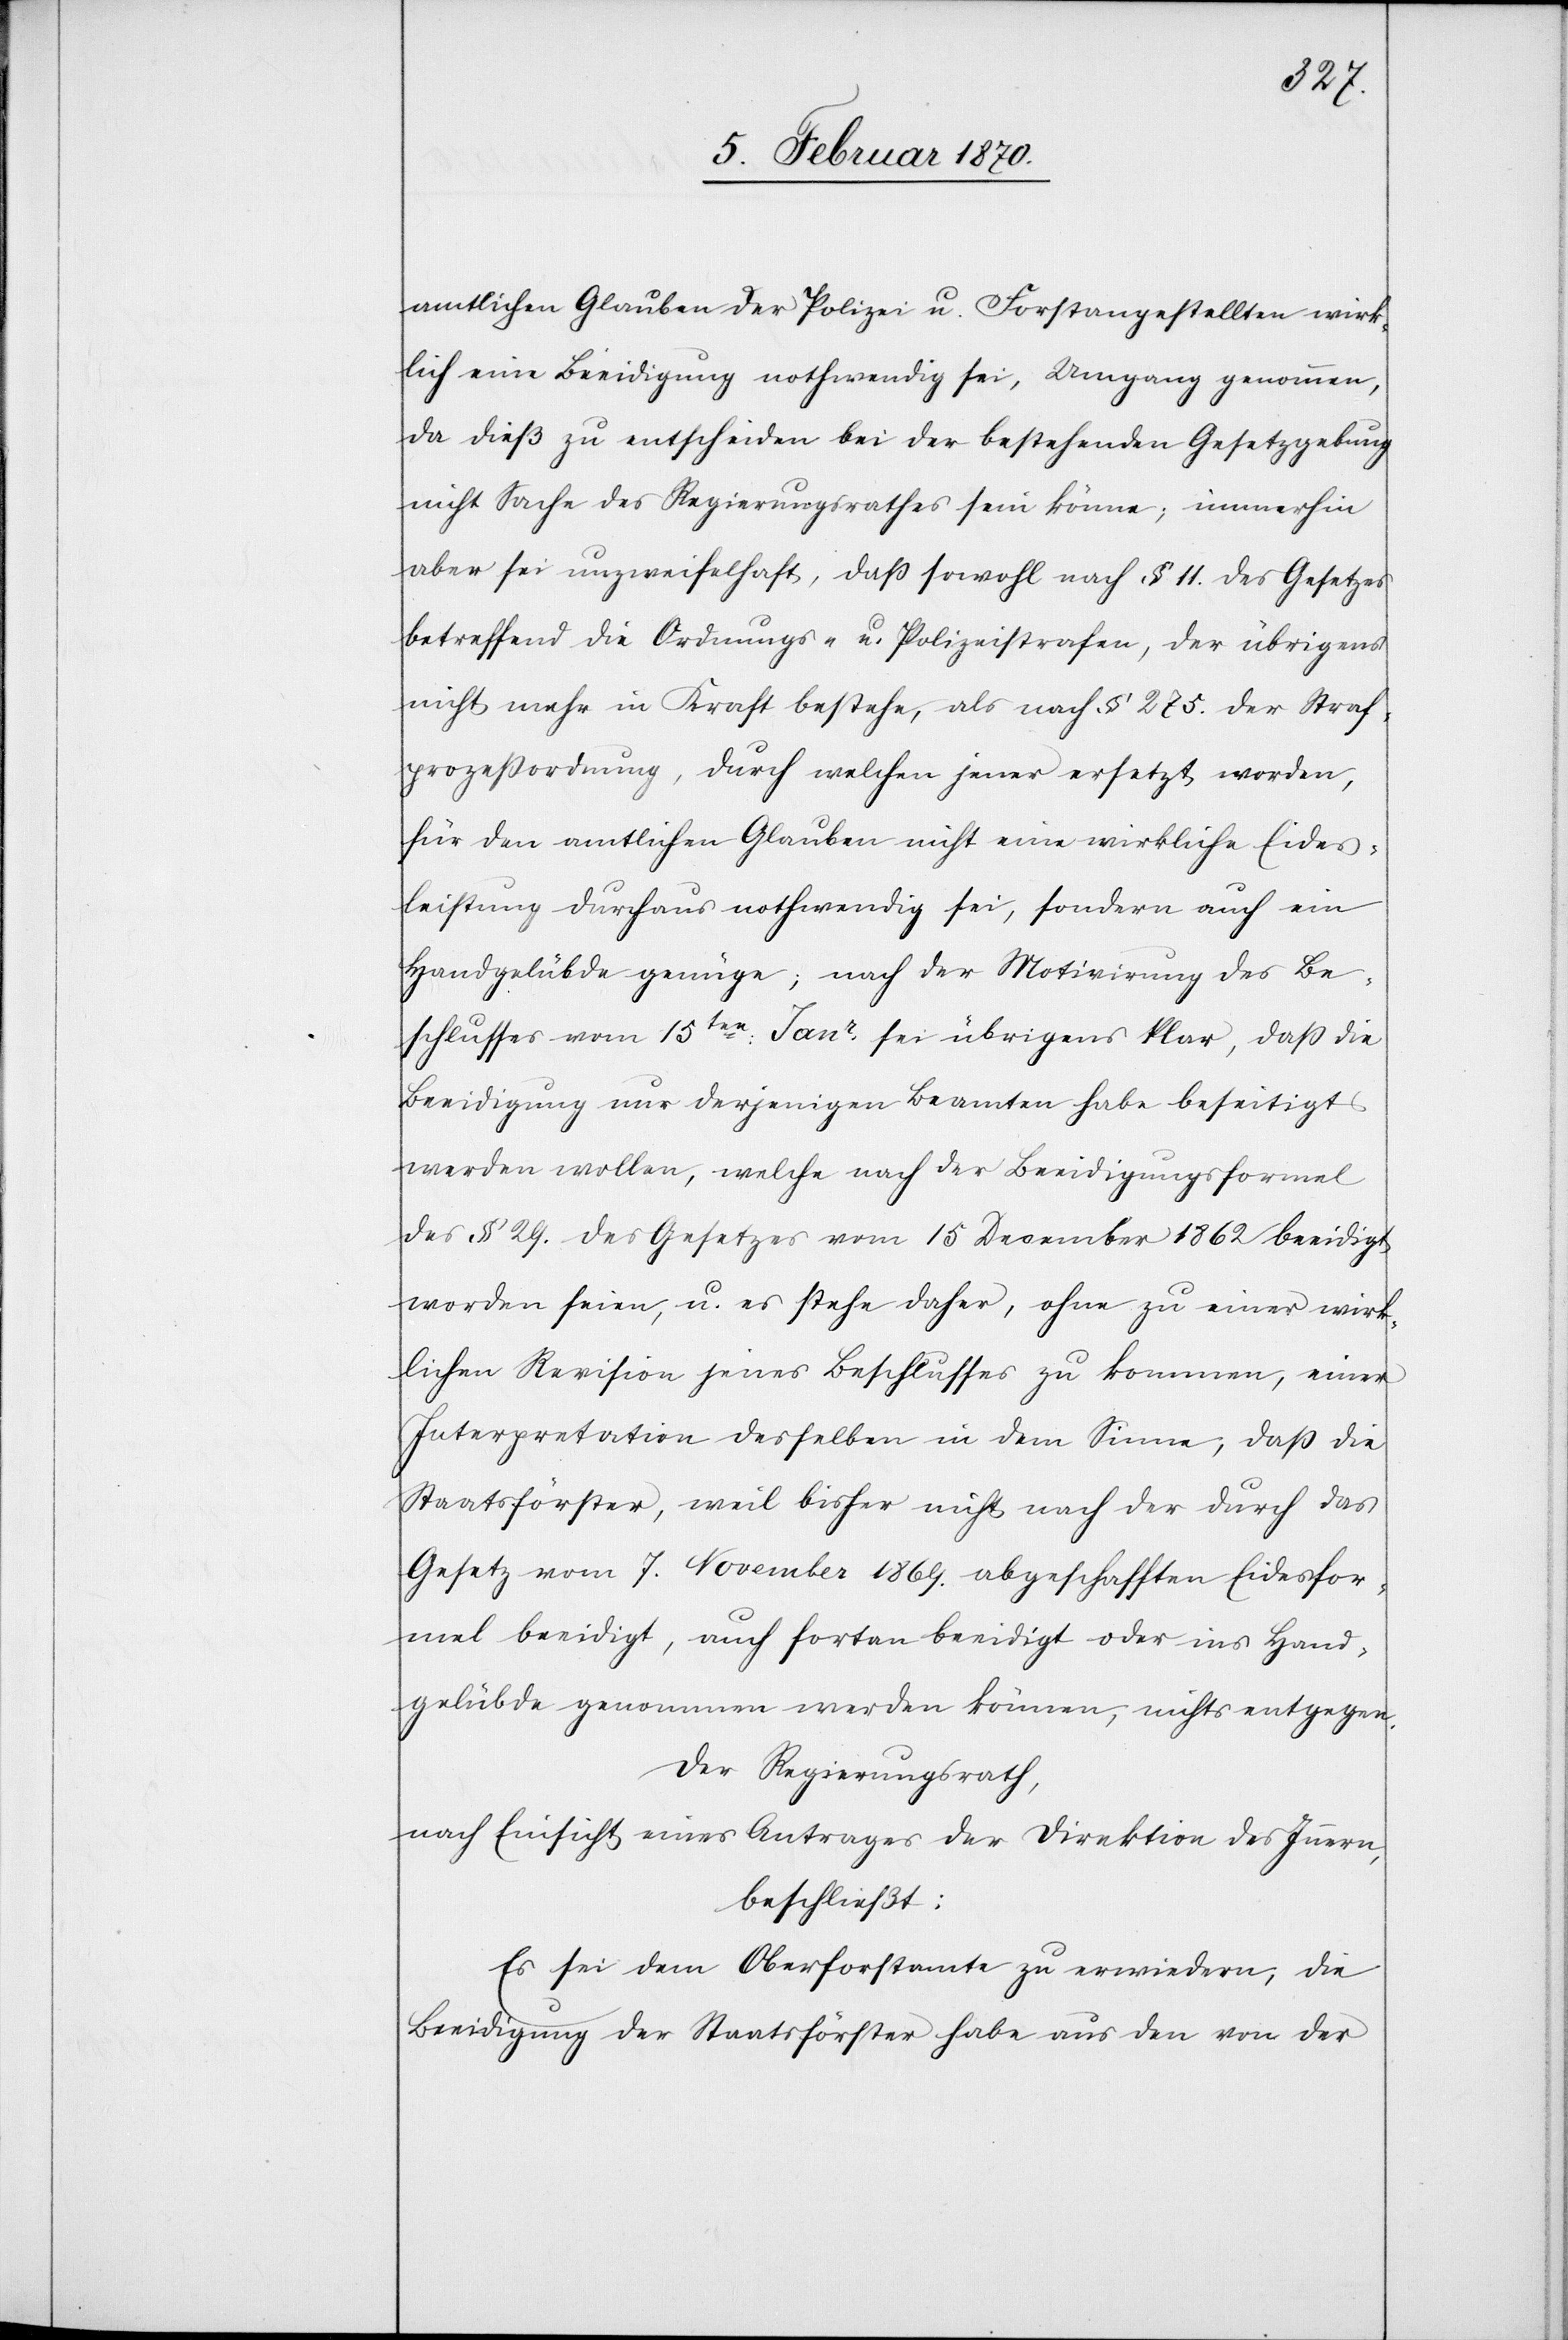
amtlichen Glauben der Polizei u. Forstangestellten wirk¬
lich eine Beeidigung nothwendig sei, Umgang genommen,
da dieß zu entscheiden bei der bestehenden Gesetzgebung
nicht Sache des Regierungsrathes sein könne; immerhin
aber sei unzweifelhaft, daß sowohl nach § 11. des Gesetzes
betreffend die Ordnungs- u. Polizeistrafen, der übrigens
nicht mehr in Kraft bestehe, als nach § 275. der Straf¬
prozeßordnung, durch welchen jener ersetzt worden,
für den amtlichen Glauben nicht eine wirkliche Eides¬
leistung durchaus nothwendig sei, sondern auch ein
Handgelübde genüge; nach der Motivirung des Be¬
schlusses von 15ten: Janr sei übrigens klar, daß die
Beeidigung nur derjenigen Beamten habe beseitigt
werden wollen, welche nach der Beeidigungsformel
des § 29. des Gesetzes vom 15 December 1862 beeidigt
worden seien, u. es stehe daher, ohne zu einer wirk¬
lichen Revision jenes Beschlusses zu kommen, einer
Interpretation desselben in dem Sinne, daß die
Staatsförster, weil bisher nicht nach der durch das
Gesetz vom 7. November 1869. abgeschafften Eidesfor¬
mel beeidigt, auch fortan beeidigt oder ins Hand¬
gelübde genommen werden können, nichts entgegen.
Der Regierungsrath,
nach Einsicht eines Antrages der Direktion des Innern,
beschließt:
Es sei dem Oberforstamte zu erwiedern, die
Beeidigung der Staatsförster habe aus den von der